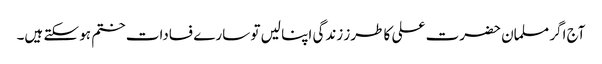
آج اگر مسلمان حضرت علی کا طرز زندگی اپنا لیں تو سارے فسادات ختم ہو سکتے ہیں۔